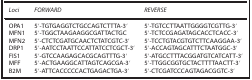
<table><thead><tr><td><b><i>Loci</i></b></td><td><b><i>FORWARD</i></b></td><td><b><i>REVERSE</i></b></td></tr></thead><tbody><tr><td>OPA1</td><td>5′-TGTGAGGTCTGCCAGTCTTTA-3′</td><td>5′-TGTCCTTAATTGGGGTCGTTG-3′</td></tr><tr><td>MFN1</td><td>5′-TGGCTAAGAAGGCGATTACTGC</td><td>5′-TCTCCGAGATAGCACCTCACC-3′</td></tr><tr><td>MFN2</td><td>5′-CTCTCGATGCAACTCTATCGTC-3′</td><td>5′-TCCTGTACGTGTCTTCAAGGAA-3′</td></tr><tr><td>DRP1</td><td>5′-AATCCTAATTCCATTATCCTCGCT-3′</td><td>5′-ACCAGTAGCATTTCTAATGGC-3′</td></tr><tr><td>FIS1</td><td>5′-GTCCAAGAGCACGCAGTTTG-3′</td><td>5′-ATGCCTTTACGGATGTCATCATT-3′</td></tr><tr><td>MFF</td><td>5′-ACTGAAGGCATTAGTCAGCGA-3′</td><td>5′-TTGGCGGTGCTACTTTTAACTT-3′</td></tr><tr><td>B2M</td><td>5′-ATTCACCCCCACTGAGACTGA-3′</td><td>5′-CTCGATCCCAGTAGACGGTC-3′</td></tr></tbody></table>